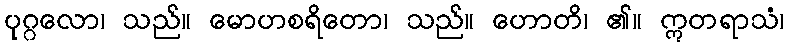
ပုဂ္ဂလော၊ သည်။ မောဟစရိတော၊ သည်။ ဟောတိ၊ ၏။ ဣတရာသံ၊